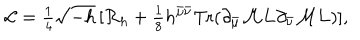
LaTeX: { \cal L } = { \textstyle { \frac { 1 } { 4 } } } \sqrt { - h } \, [ { \cal R } _ { h } + { \textstyle { \frac { 1 } { 8 } } } h ^ { \bar { \mu } \bar { \nu } } \mathrm { T r } ( \partial _ { \bar { \mu } } { \cal M } { \bf L } \partial _ { \bar { \nu } } { \cal M } { \bf L } ) ] ,